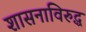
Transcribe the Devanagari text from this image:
शासनाविरुद्ध